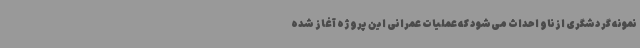
نمونه گردشگری ازناو احداث می‌شود که عملیات عمرانی این پروژه آغاز شده